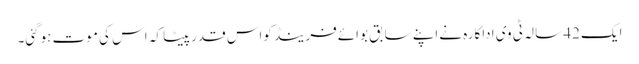
ایک 42 سالہ ٹی وی اداکارہ نےاپنے سابق بوائےفرینڈ کواس قدرپیٹا کہ اس کی موت ہوگئی۔